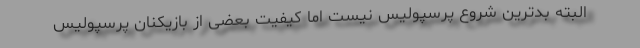
البته بدترین شروع پرسپولیس نیست اما کیفیت بعضی از بازیکنان پرسپولیس